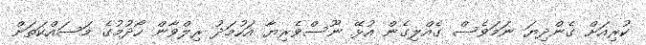
ކުރިއަށް ގެންދިޔަ ނަމަވެސް ގެއްލިގެން އުޅޭ ނޫސްވެރިޔާ އަހުމަދު ރިލްވާން ހޯދުމުގެ މަސައްކަތަށް